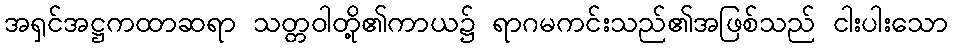
အရှင်အဋ္ဌကထာဆရာ သတ္တဝါတို့၏ကာယ၌ ရာဂမကင်းသည်၏အဖြစ်သည် ငါးပါးသော